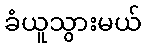
ခံယူသွားမယ်